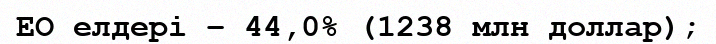
ЕО елдері – 44,0% (1238 млн доллар);